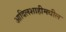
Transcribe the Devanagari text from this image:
आदिलशाहीमधील